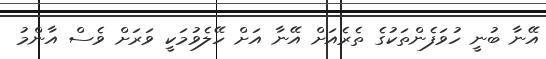
އޭނާ ބުނީ ހުވަފެންތަކުގެ ތެރެއަށް އޭނާ އަށް ހޭލެވުމަކީ ވަރަށް ވެސް އާންމު